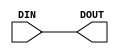
module SyncWire( DIN, DOUT );

   parameter width = 1;
            
   input [width - 1 : 0]    DIN;
   output [width - 1 : 0]   DOUT;

   assign                   DOUT = DIN ;
   

endmodule